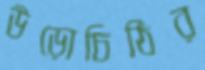
উড়োচিঠির